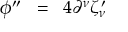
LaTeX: \phi ^ { \prime \prime } \; \; = \; \; 4 \partial ^ { \nu } \zeta _ { \nu } ^ { \, \prime }